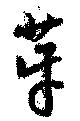
芽